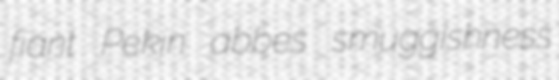
fiant Pekin abbes smuggishness